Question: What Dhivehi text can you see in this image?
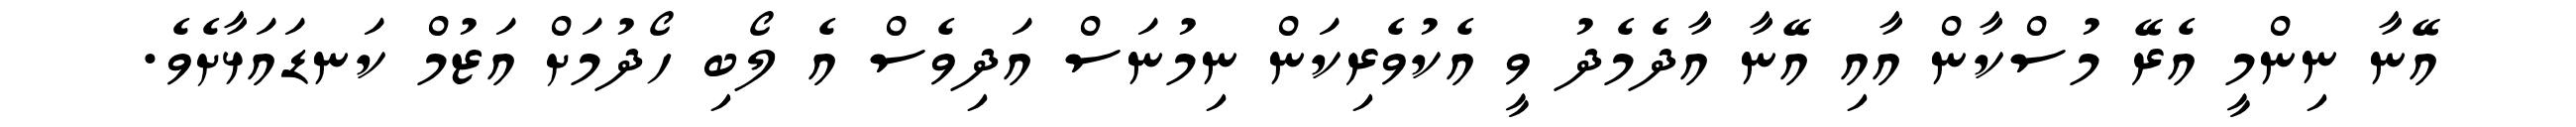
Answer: އޭނާ ނިންމީ އެރޭ މުސްކާން އާއި އޭނާ އާދެމެދު ވީ އެކުވެރިކަން ނިމުނަސް އަދިވެސް އެ ލޯބި ހޯދުމަށް އަޒުމް ކަނޑައަޅާށެވެ.